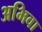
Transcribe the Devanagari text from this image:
अभिवा